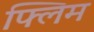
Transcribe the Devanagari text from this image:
फ्लिम